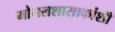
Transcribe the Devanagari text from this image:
मोगलशासाकांशी